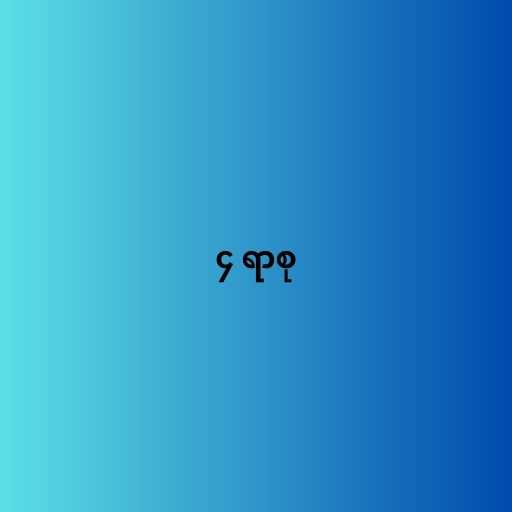
၄ ရာစု